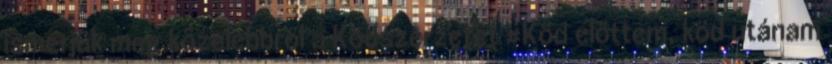
ismerjük meg közelebbről a Ködszerzetet #Köd előttem, köd utánam